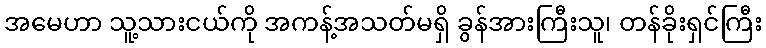
အမေဟာ သူ့သားငယ်ကို အကန့်အသတ်မရှိ ခွန်အားကြီးသူ၊ တန်ခိုးရှင်ကြီး